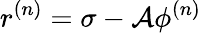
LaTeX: r^{(n)}=\sigma-{\cal A}\phi^{(n)}